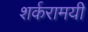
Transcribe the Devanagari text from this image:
शर्करामयी